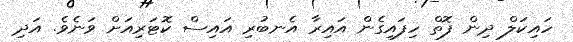
ހައިކަލް ދިން ފޮތް ހިފައިގެން އައިރާ އެނބުރި އައިސް ކޮޓަރިއަށް ވަނެވެ. އަދި